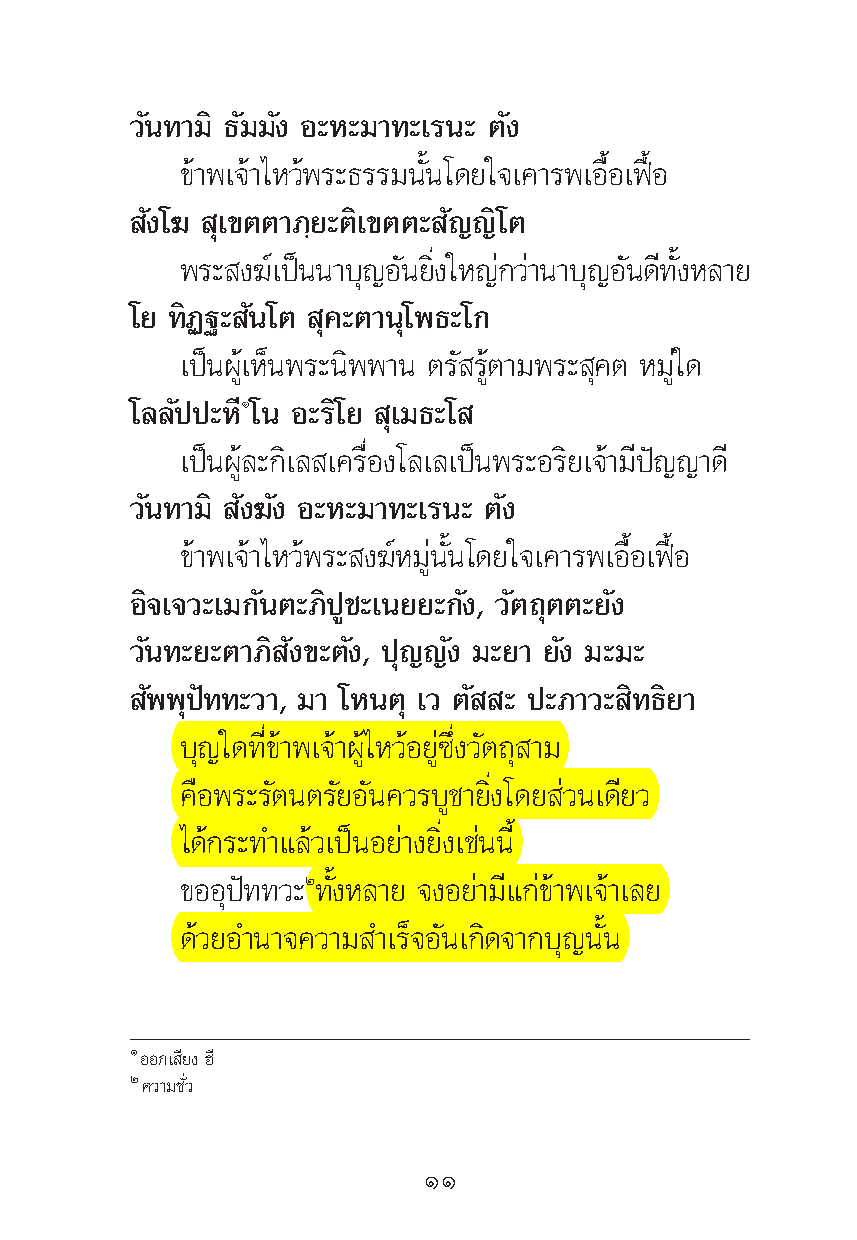
«—π∑“¡‘ ∏—¡¡—ß Õ–À–¡“∑–‡√π– μ—ß
 ¢â“æ‡®â“‰À«âæ√–∏√√¡π—Èπ‚¥¬„®‡§“√æ‡Õ◊ÈÕ‡øóôÕ
 —ß‚¶ ÿ‡¢μμ“¿⁄¬–μ‘‡¢μμ– —≠≠‘‚μ
 æ√– ß¶‡å ªπì π“∫≠ÿ Õπ— ¬ßË‘ „À≠°à «“à π“∫≠ÿ Õπ— ¥∑’ ßÈ— À≈“¬
 ‚¬ ∑‘Ø∞– —π‚μ ÿ§–μ“πÿ‚æ∏–‚°
 ‡ªìπºŸâ‡ÀÁπæ√–π‘ææ“π μ√— √Ÿâμ“¡æ√– ÿ§μ À¡Ÿà„¥
 ‚≈≈—ªª–ÀÒ’ ‚π Õ–√‘‚¬ ÿ‡¡∏–‚
 ‡ªìπºŸâ≈–°‘‡≈ ‡§√◊ËÕß‚≈‡≈‡ªìπæ√–Õ√‘¬‡®â“¡’ªí≠≠“¥’
 «—π∑“¡‘ —ß¶—ß Õ–À–¡“∑–‡√π– μ—ß
 ¢â“æ‡®â“‰À«âæ√– ß¶åÀ¡Ÿàπ—Èπ‚¥¬„®‡§“√æ‡Õ◊ÈÕ‡øóôÕ
 Õ‘®‡®«–‡¡°—πμ–¿‘ªŸ™–‡π¬¬–°—ß, «—μ∂ÿμμ–¬—ß
 «—π∑–¬–μ“¿‘ —ß¢–μ—ß, ªÿ≠≠—ß ¡–¬“ ¬—ß ¡–¡–
 —ææÿªí∑∑–«“, ¡“ ‚Àπμÿ ‡« μ— – ª–¿“«– ‘∑∏‘¬“
 ∫ÿ≠„¥∑’Ë¢â“æ‡®â“ºŸâ‰À«âÕ¬Ÿà´÷Ëß«—μ∂ÿ “¡
 §◊Õæ√–√—μπμ√—¬Õ—π§«√∫Ÿ™“¬‘Ëß‚¥¬ à«π‡¥’¬«
 ‰¥â°√–∑”·≈â«‡ªìπÕ¬à“ß¬‘Ëß‡™àππ’È
 ¢ÕÕÿªí∑∑«–Ú∑—ÈßÀ≈“¬ ®ßÕ¬à“¡’·°à¢â“æ‡®â“‡≈¬
 ¥â«¬Õ”π“®§«“¡ ”‡√Á®Õ—π‡°‘¥®“°∫ÿ≠π—Èπ
 ÒÕÕ°‡ ’¬ßŒ’
 Ú§«“¡™—Ë«
 ÒÒ